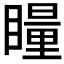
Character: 𭿝